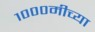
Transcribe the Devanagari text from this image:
१०००मीच्या